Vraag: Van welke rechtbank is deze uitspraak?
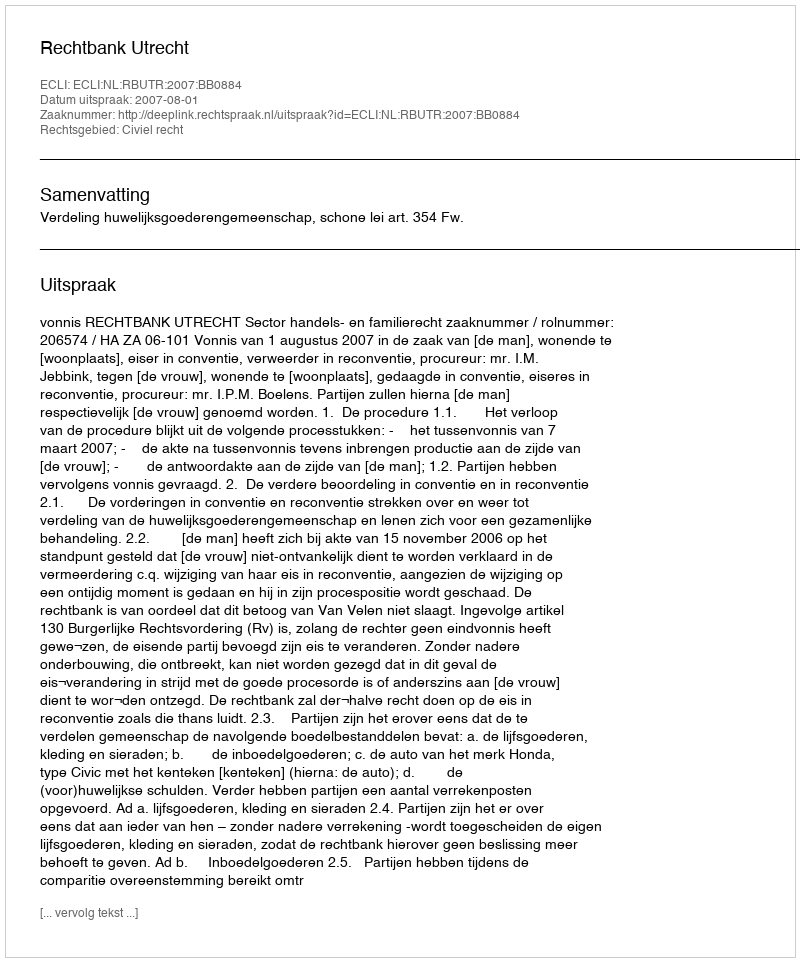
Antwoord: Rechtbank Utrecht